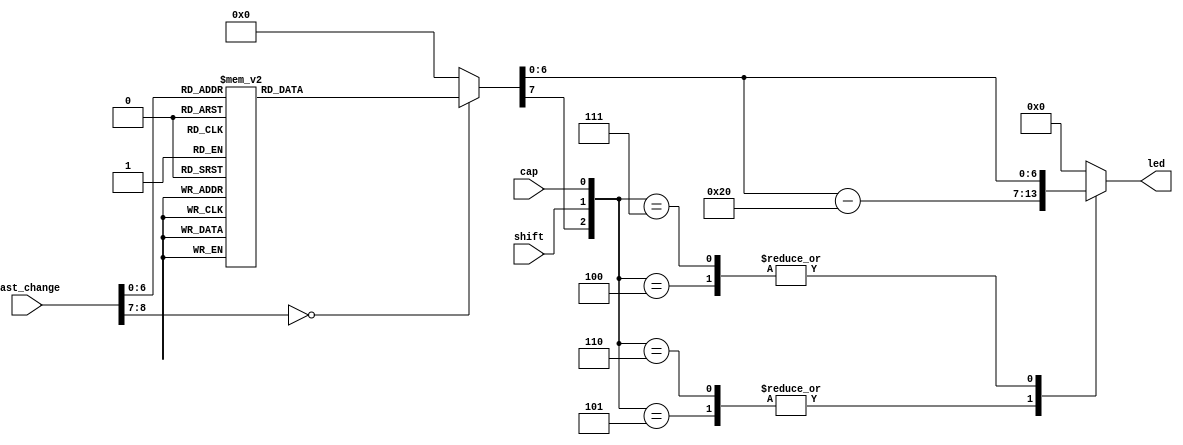
`timescale 1ns / 1ps
//////////////////////////////////////////////////////////////////////////////////
// Company: 
// Engineer: 
// 
// Design Name: 
// Module Name: display_control
// Project Name: 
// Target Devices: 
// Tool Versions: 
// Description: 
// 
// Dependencies: 
// 
// Revision:
// Revision 0.01 - File Created
// Additional Comments:
// 
//////////////////////////////////////////////////////////////////////////////////
`define a 7'd97
`define b 7'd98
`define c 7'd99
`define d 7'd100
`define e 7'd101
`define f 7'd102
`define g 7'd103
`define h 7'd104
`define i 7'd105
`define j 7'd106
`define k 7'd107
`define l 7'd108
`define m 7'd109
`define n 7'd110
`define o 7'd111
`define p 7'd112
`define q 7'd113
`define r 7'd114
`define s 7'd115
`define t 7'd116
`define u 7'd117
`define v 7'd118
`define w 7'd119
`define x 7'd120
`define y 7'd121
`define z 7'd122

module display_control(led,cap,last_change,shift);

output reg [6:0]led;
input cap;
input [8:0]last_change;
input shift ;

reg [6:0]letter;
reg letter_en;
    
always@*
  case (last_change)
    9'h1c: begin letter = `a; letter_en = 1; end
    9'h32: begin letter = `b; letter_en = 1; end
    9'h21: begin letter = `c; letter_en = 1; end
    9'h23: begin letter = `d; letter_en = 1; end
    9'h24: begin letter = `e; letter_en = 1; end
    9'h2b: begin letter = `f; letter_en = 1; end
    9'h34: begin letter = `g; letter_en = 1; end
    9'h33: begin letter = `h; letter_en = 1; end
    9'h43: begin letter = `i; letter_en = 1; end
    9'h3b: begin letter = `j; letter_en = 1; end
    9'h42: begin letter = `k; letter_en = 1; end
    9'h4b: begin letter = `l; letter_en = 1; end
    9'h3a: begin letter = `m; letter_en = 1; end
    9'h31: begin letter = `n; letter_en = 1; end
    9'h44: begin letter = `o; letter_en = 1; end
    9'h4d: begin letter = `p; letter_en = 1; end
    9'h15: begin letter = `q; letter_en = 1; end
    9'h2d: begin letter = `r; letter_en = 1; end
    9'h1b: begin letter = `s; letter_en = 1; end
    9'h2c: begin letter = `t; letter_en = 1; end
    9'h3c: begin letter = `u; letter_en = 1; end
    9'h2a: begin letter = `v; letter_en = 1; end
    9'h1d: begin letter = `w; letter_en = 1; end
    9'h22: begin letter = `x; letter_en = 1; end
    9'h35: begin letter = `y; letter_en = 1; end
    9'h1a: begin letter = `z; letter_en = 1; end
    default: begin letter = 0; letter_en = 0; end
  endcase

always@*
  case ({letter_en,shift,cap})
    3'b100: led = letter;
    3'b101: led = letter - 7'd32;
    3'b110: led = letter - 7'd32;
    3'b111: led = letter;
    default: led = 0;
  endcase

endmodule